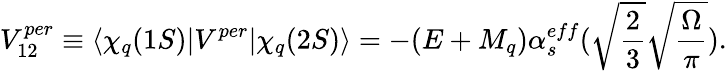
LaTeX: V_{12}^{per}\equiv\langle\chi_{q}(1S)|V^{per}|\chi_{q}(2S)\rangle=-(E+M_{q})\alpha_{s}^{eff}(\sqrt{{\frac{2}{3}}}\sqrt{\frac{\Omega}{\pi}}).